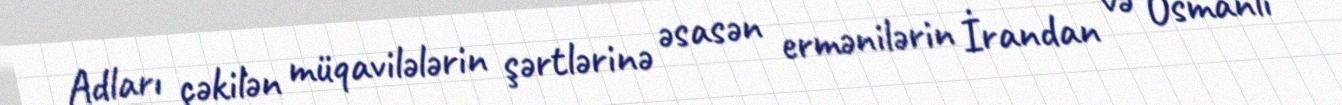
Adları çəkilən müqavilələrin şərtlərinə əsasən ermənilərin İrandan və Osmanlı